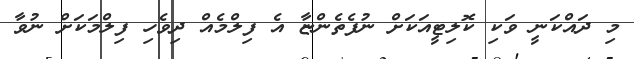
މި ދައްކަނީ ވަކި ކޮލިޓީއަކަށް ނުފެތެންޏާ އެ ފިލްމެއް ދިވެހި ފިލްމަކަށް ނުވާ